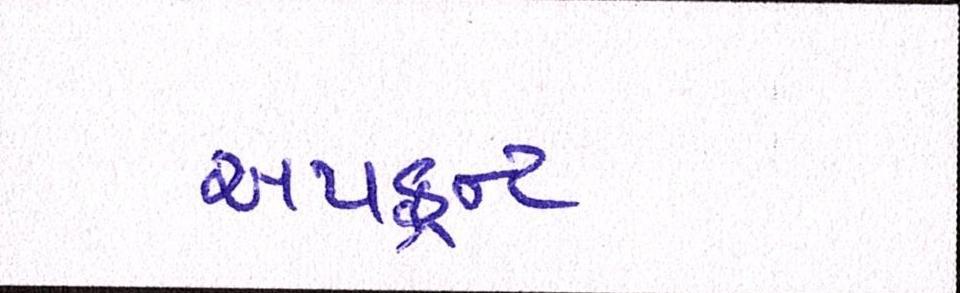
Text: અપફ્રન્ટ